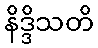
နိဒ္ဒိသတိ